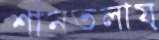
শানতলায়